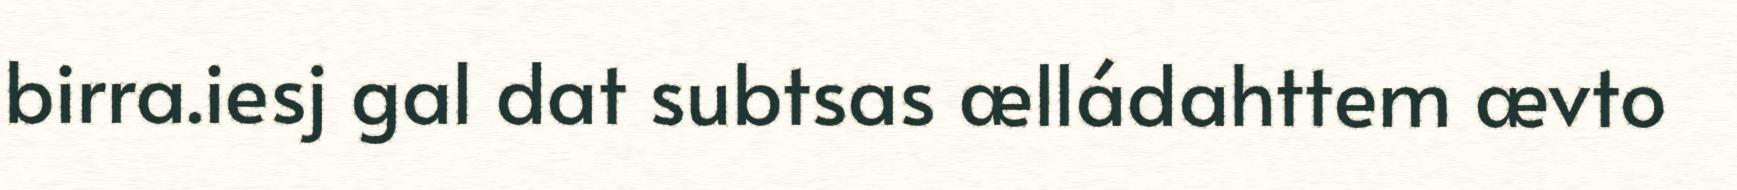
birra.iesj gal dat subtsas ælládahttem ævto